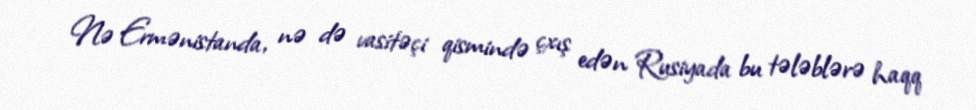
Nə Ermənistanda, nə də vasitəçi qismində çxış edən Rusiyada bu tələblərə haqq